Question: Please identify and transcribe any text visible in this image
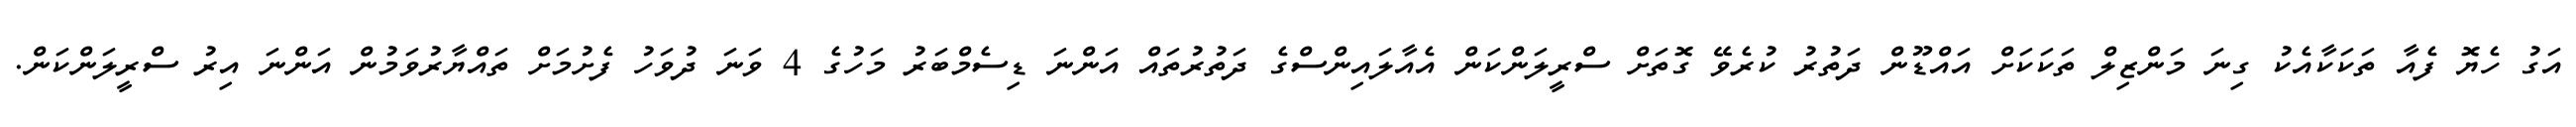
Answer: އަގު ހެޔޮ ފެއާ ތަކަކާއެކު ގިނަ މަންޒިލް ތަކަކަށް އައްޑޫން ދަތުރު ކުރެވޭ ގޮތަށް ސްރީލަންކަން އެއާލައިންސްގެ ދަތުރުތައް އަންނަ ޑިސެމްބަރު މަހުގެ 4 ވަނަ ދުވަހު ފެށުމަށް ތައްޔާރުވަމުން އަންނަ އިރު ސްރީލަންކަން.